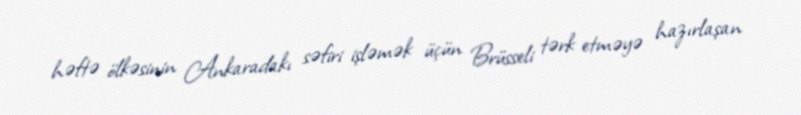
həftə ölkəsinin Ankaradakı səfiri işləmək üçün Brüsseli tərk etməyə hazırlaşan